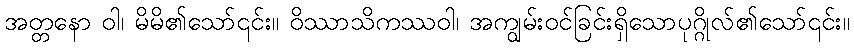
အတ္တနော ဝါ၊ မိမိ၏သော်၎င်း။ ဝိဿာသိကဿဝါ၊ အကျွမ်းဝင်ခြင်းရှိသောပုဂ္ဂိုလ်၏သော်၎င်း။